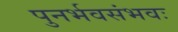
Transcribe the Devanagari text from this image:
पुनर्भवसंभवः